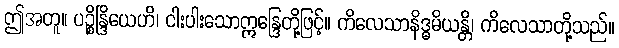
ဤအတူ။ ပဉ္စိန္ဒြိယေဟိ၊ ငါးပါးသောဣန္ဒြေတို့ဖြင့်။ ကိလေသာနိဒ္ဓမိယန္တိ၊ ကိလေသာတို့သည်။